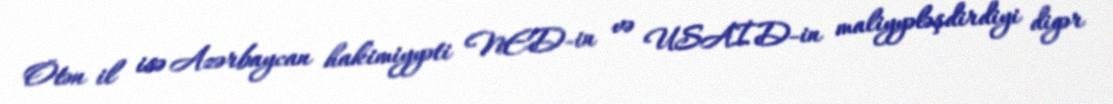
Ötən il isə Azərbaycan hakimiyyəti NED-in və USAİD-in maliyyələşdirdiyi digər